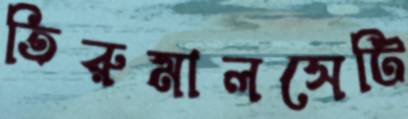
তিরুমালসেটি